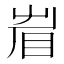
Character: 𥅱